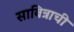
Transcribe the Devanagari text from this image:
सावित्राची